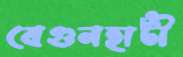
বেগুনহাটী